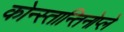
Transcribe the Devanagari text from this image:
कोन्स्तान्तिनोप्ले